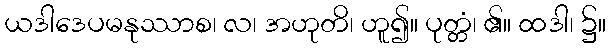
ယဒါဒေပမနုဿာစ၊ လ၊ အဟုတိ၊ ဟူ၍။ ပုတ္တံ၊ ၏။ ထဒါ၊ ၌။